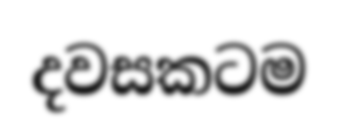
දවසකටම